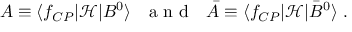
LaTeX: A \equiv \langle f _ { C P } | \mathcal { H } | B ^ { 0 } \rangle \ \ \textrm { a n d } \ \ \bar { A } \equiv \langle f _ { C P } | \mathcal { H } | \bar { B } ^ { 0 } \rangle \ .